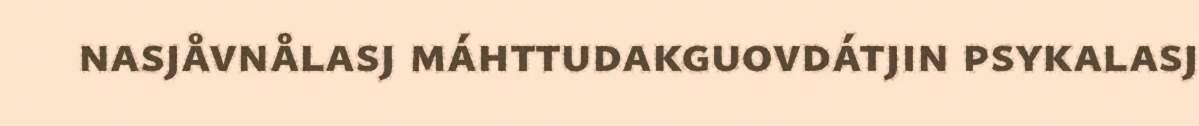
nasjåvnålasj máhttudakguovdátjin psykalasj